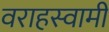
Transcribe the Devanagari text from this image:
वराहस्‍वामी